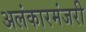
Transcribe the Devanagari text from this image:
अलंकारमंजरी